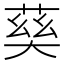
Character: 𡙠